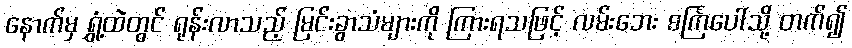
နောက်မှ ရွှံ့ထဲတွင် ရုန်းလာသည့် မြင်းခွာသံများကို ကြားရသဖြင့် လမ်းဘေး စင်္ကြံပေါ်သို့ တက်၍